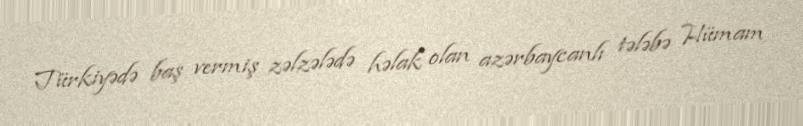
Türkiyədə baş vermiş zəlzələdə həlak olan azərbaycanlı tələbə Hümam